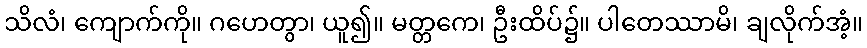
သိလံ၊ ကျောက်ကို။ ဂဟေတွာ၊ ယူ၍။ မတ္တကေ၊ ဦးထိပ်၌။ ပါတေဿာမိ၊ ချလိုက်အံ့။